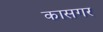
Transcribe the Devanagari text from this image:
कासगर